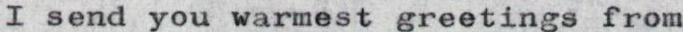
I send you warmest greetings from